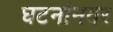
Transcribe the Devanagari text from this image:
घटनांनवर